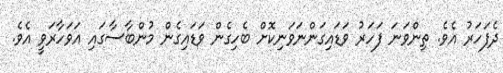
ދެފަހަރު އެވެ. ތިންވަނަ ފަހަރު ވަޑައިގަންނަވަނިކޮށް ބެހިގެން ވަޑައިގެން މުންބާސާގައި އަވަހާރަވީ އެވެ.